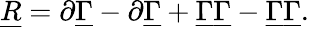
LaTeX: \underline{{{R}}}=\partial\underline{{{\Gamma}}}-\partial\underline{{{\Gamma}}}+{\underline{{{\Gamma}}}}\underline{{{\Gamma}}}-{\underline{{{\Gamma}}}}\underline{{{\Gamma}}}.